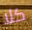
كلا